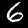
Label: 6